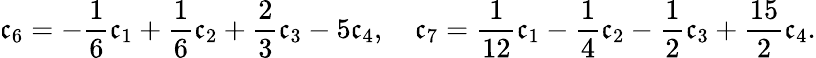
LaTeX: \mathfrak{c}_{6}=-\frac{{1}}{{6}}\mathfrak{c}_{1}+\frac{{1}}{{6}}\mathfrak{c}_{2}+\frac{{2}}{{3}}\mathfrak{c}_{3}-5\mathfrak{c}_{4},\quad\mathfrak{c}_{7}=\frac{{1}}{{12}}\mathfrak{c}_{1}-\frac{{1}}{{4}}\mathfrak{c}_{2}-\frac{{1}}{{2}}\mathfrak{c}_{3}+\frac{{15}}{{2}}\mathfrak{c}_{4}.